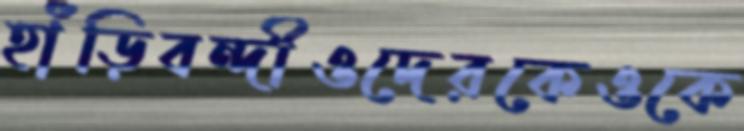
হাঁড়িবন্দীওদেরকেওকে